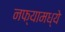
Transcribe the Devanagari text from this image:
नफ्यामध्ये